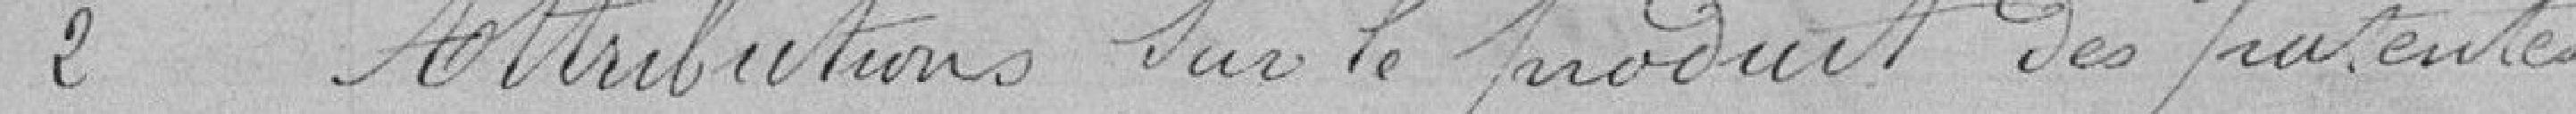
2 Attributions sur le produit des patentes